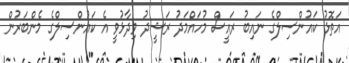
އަތޮޅު ކައުންސިލްގެ ނައިބު ރައީސް މުހައްމަދު ރަޝީދު ވިދާޅުވީ އެ ކައުންސިލްގެ މެންބަރުން